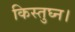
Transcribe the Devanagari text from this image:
किस्तुघ्न।